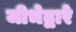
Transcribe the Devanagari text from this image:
जीभेद्वारे